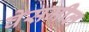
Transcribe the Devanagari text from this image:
वेसमील